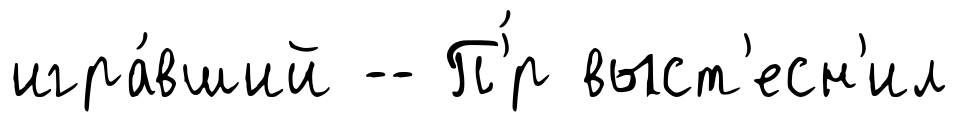
игра́вший -- П'́р выст'есн'ил